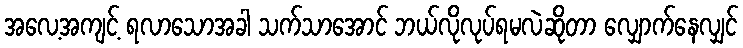
အလေ့အကျင့် ရလာသောအခါ သက်သာအောင် ဘယ်လိုလုပ်ရမလဲဆိုတာ လျှောက်နေလျှင်